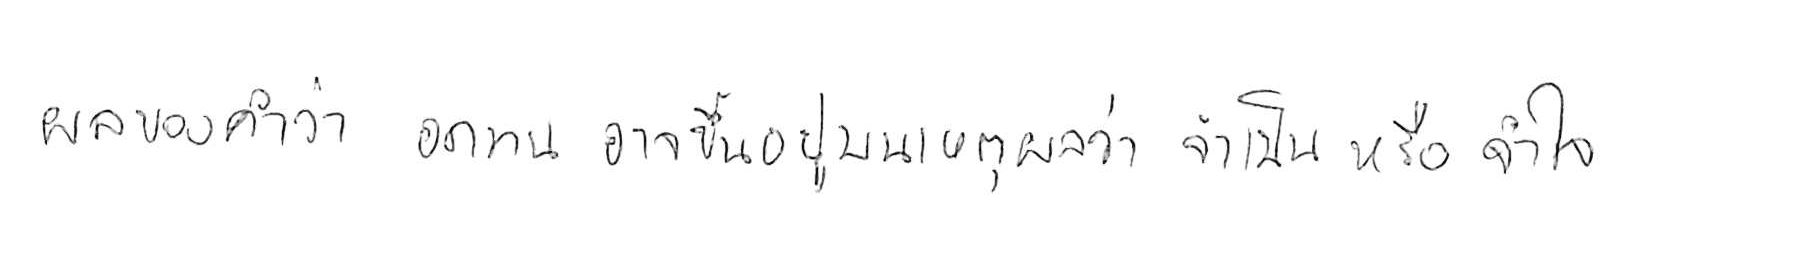
ผลของคำว่า อดทน อาจขึ้นอยู่บนเหตุผลว่า จำเป็น หรือ จำใจ